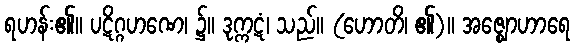
ရဟန်း၏။ ပဋိဂ္ဂဟဏေ၊ ၌။ ဒုက္ကဋံ၊ သည်။ (ဟောတိ၊ ၏)။ အဇ္ဈောဟာရေ